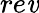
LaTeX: re\mathit{v}